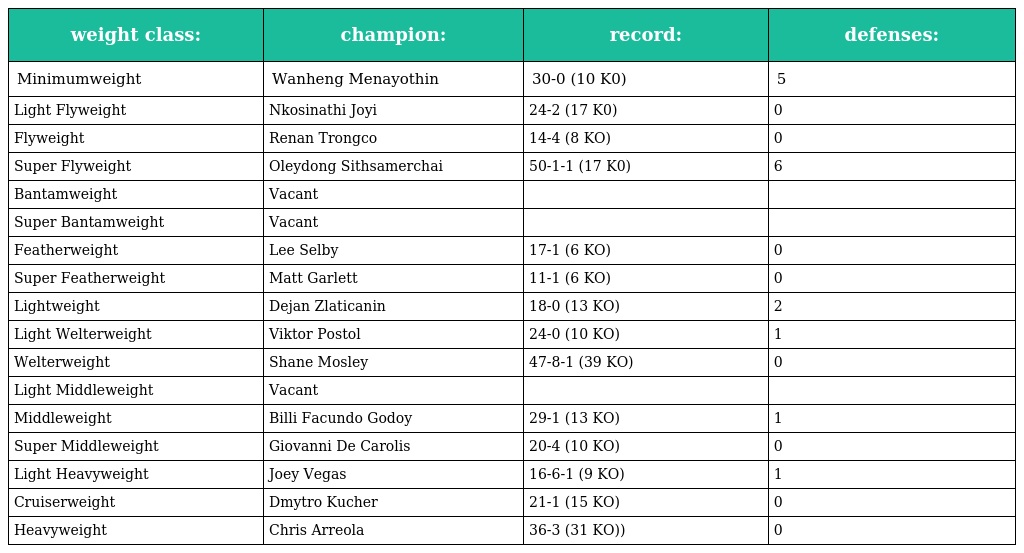
| weight class: | champion: | record: | defenses: |
 | --- | --- | --- | --- |
 | Minimumweight | Wanheng Menayothin | 30-0 (10 K0) | 5 |
 | Light Flyweight | Nkosinathi Joyi | 24-2 (17 K0) | 0 |
 | Flyweight | Renan Trongco | 14-4 (8 KO) | 0 |
 | Super Flyweight | Oleydong Sithsamerchai | 50-1-1 (17 K0) | 6 |
 | Bantamweight | Vacant |  |  |
 | Super Bantamweight | Vacant |  |  |
 | Featherweight | Lee Selby | 17-1 (6 KO) | 0 |
 | Super Featherweight | Matt Garlett | 11-1 (6 KO) | 0 |
 | Lightweight | Dejan Zlaticanin | 18-0 (13 KO) | 2 |
 | Light Welterweight | Viktor Postol | 24-0 (10 KO) | 1 |
 | Welterweight | Shane Mosley | 47-8-1 (39 KO) | 0 |
 | Light Middleweight | Vacant |  |  |
 | Middleweight | Billi Facundo Godoy | 29-1 (13 KO) | 1 |
 | Super Middleweight | Giovanni De Carolis | 20-4 (10 KO) | 0 |
 | Light Heavyweight | Joey Vegas | 16-6-1 (9 KO) | 1 |
 | Cruiserweight | Dmytro Kucher | 21-1 (15 KO) | 0 |
 | Heavyweight | Chris Arreola | 36-3 (31 KO)) | 0 |